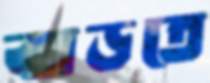
ঝাড়তে